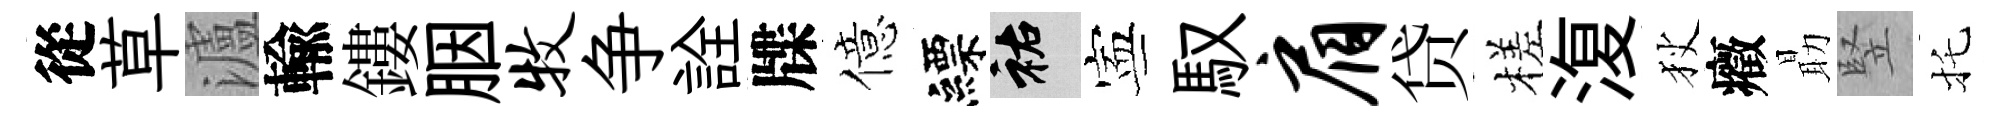
從草瀘輸鏤胭牧争詮牒億縹祐寕馭肩贷槎𣸪狄癥朂竪托